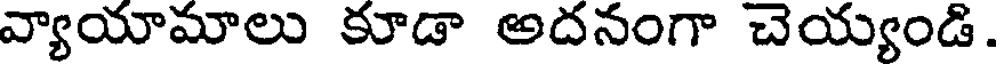
వ్యాయామాలు కూడా అదనంగా చెయ్యండి.